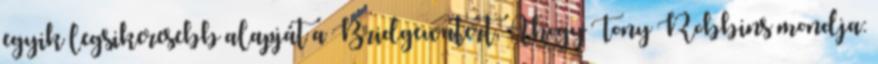
egyik legsikeresebb alapját a Bridgewatert. Ahogy Tony Robbins mondja: